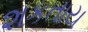
શકતાય